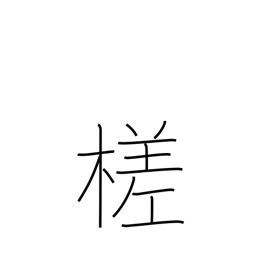
Meaning: cut slantwise